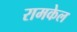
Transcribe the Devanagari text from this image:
रामकेल